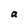
Character: a